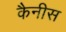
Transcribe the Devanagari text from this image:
कैनीस